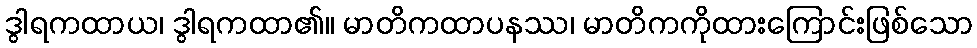
ဒွါရကထာယ၊ ဒွါရကထာ၏။ မာတိကထာပနဿ၊ မာတိကကိုထားကြောင်းဖြစ်သော